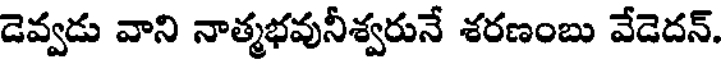
డెవ్వడు వాని నాత్మభవునీశ్వరునే శరణంబు వేడెదన్.